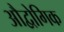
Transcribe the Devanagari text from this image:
औद्वोगिक